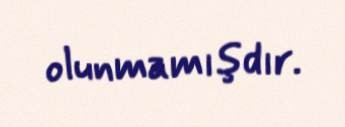
olunmamışdır.